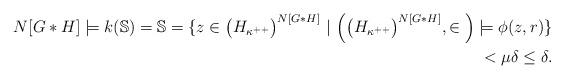
LaTeX: \begin{align*}N[G*H] \models k(\mathbb{S}) = \mathbb{S} = \{ z \in \big( H_{\kappa^{++}}\big)^{N[G*H]} \ | \ \Big( \big( H_{\kappa^{++}}\big)^{N[G*H]}, \in \Big) \models \phi(z,r) \} \\ <\mu \delta \le \delta.\end{align*}